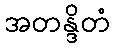
အတန္ဒိတံ